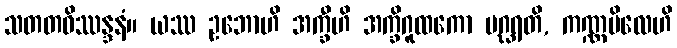
သတတဝိဿန္ဒနံ။ ယဿ ဥဘောဟိ အက္ခီဟိ အက္ခိဂူထကော ပဂ္ဃရတိ, ကဏ္ဏဗိလေဟိ